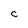
Character: C